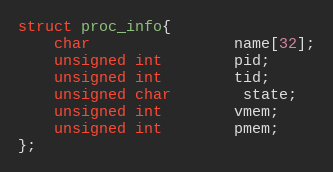
Language: C
struct proc_info{
	char				name[32];
	unsigned int		pid;
	unsigned int		tid;
	unsigned char		state;
	unsigned int		vmem;
	unsigned int		pmem;
};